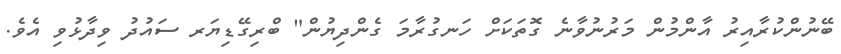
ބޭނުންކުރާއިރު އާންމުން މަރުނުވާނެ ގޮތަކަށް ހަނގުރާމަ ގެންދިޔުން" ބްރިގޭޑިޔަރ ސައުދު ވިދާޅުވި އެވެ.